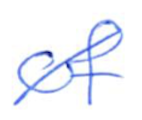
Text: of
Cross-out: diagonal
Writing tool: ballpoint